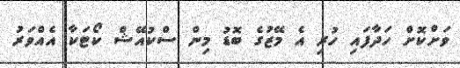
ވަށްކޮށް ހަދާފައި ހުރި އެ މޭޒުގެ ބޮޑު މިން ސްކުއޭޝް ކޯޓަކާ އެއްވަރު